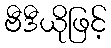
ဗီဒီယိုဖြင့်